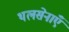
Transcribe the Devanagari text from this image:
थलसेनाएँ